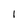
Character: 1